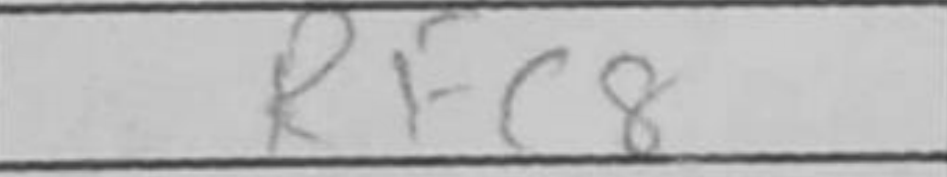
Transcription: Rfc8